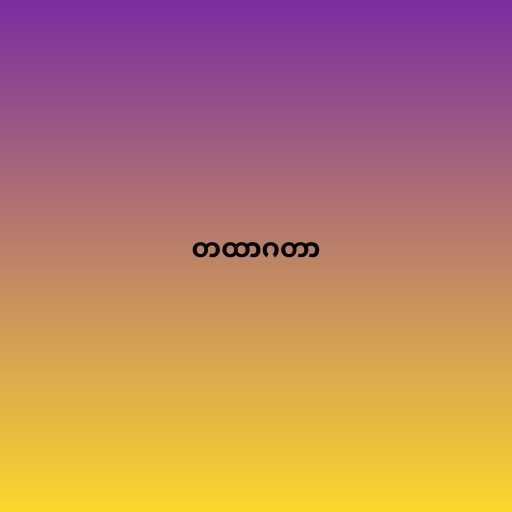
တထာဂတာ